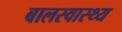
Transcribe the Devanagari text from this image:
बालस्वास्थ्य